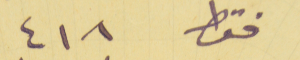
فقط ٤١٨